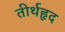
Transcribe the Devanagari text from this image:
तीर्थहृद